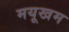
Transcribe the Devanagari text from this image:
मयूखम